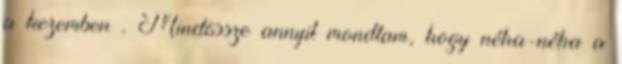
a kezemben . Mindössze annyit mondtam, hogy néha-néha a